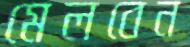
মেলবেন